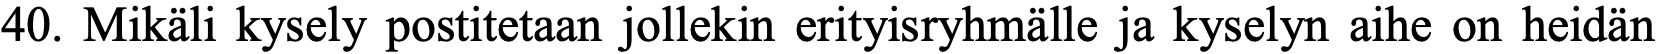
40. Mikäli kysely postitetaan jollekin erityisryhmälle ja kyselyn aihe on heidän